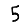
Digit: 5